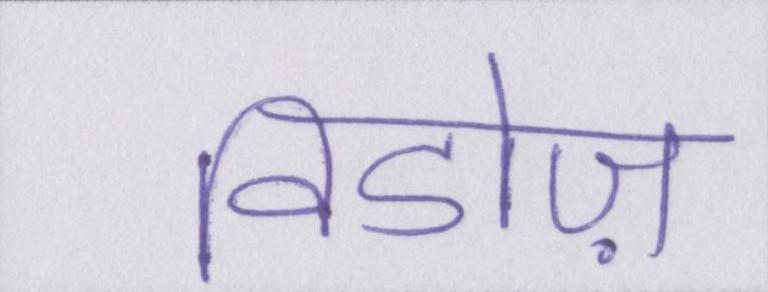
विडोज़